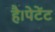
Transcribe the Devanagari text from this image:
है।पेटेंट